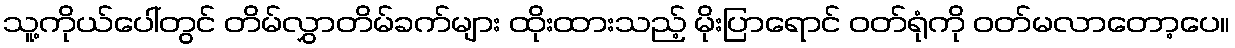
သူ့ကိုယ်ပေါ်တွင် တိမ်လွှာတိမ်ခက်များ ထိုးထားသည့် မိုးပြာရောင် ဝတ်ရုံကို ဝတ်မလာတော့ပေ။